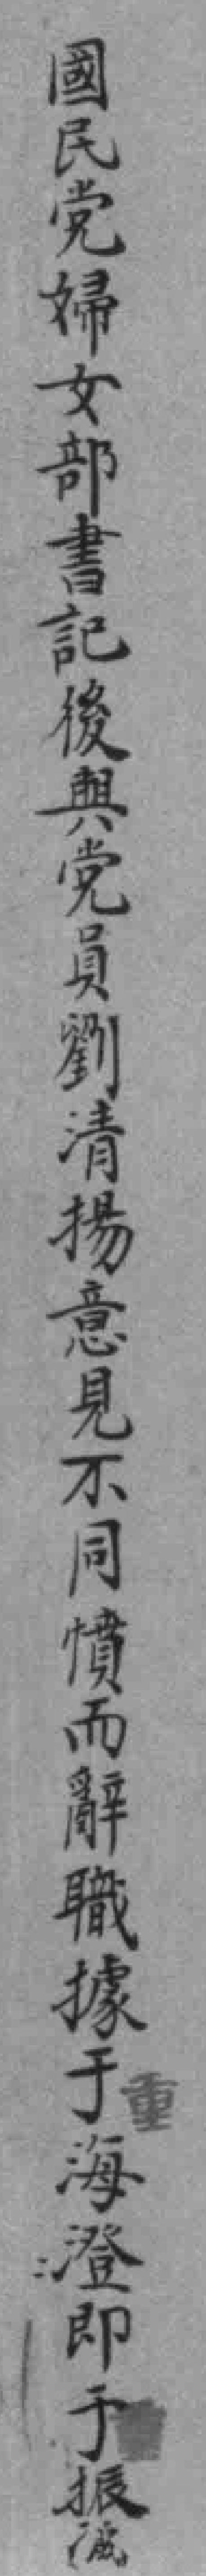
國民党婦女部書記後與党員劉清揚意見不同憤而辭職據于海澄即于振*